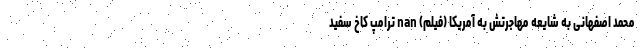
محمد اصفهانی به شایعه مهاجرتش به آمریکا (فیلم) nan ترامپ کاخ سفید